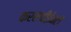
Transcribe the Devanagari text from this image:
करसचीईनटी